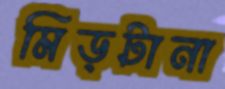
মিড়টানা